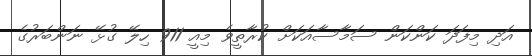
އަދި މިފަދަ ކަންކަން ސަމާސާއަކަށް ކުރާތީވެ މިއީ 911 ހިލޭ ގުޅޭ ނަންބަރުގެ